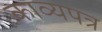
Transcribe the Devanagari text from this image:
काव्यपत्र